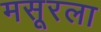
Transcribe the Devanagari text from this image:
मसूरला